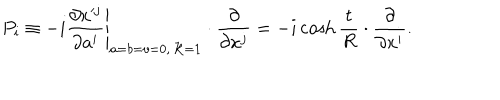
LaTeX: P _ { i } \equiv - i \left. \frac { \partial x ^ { j } } { \partial a ^ { i } } \right| _ { a = b = v = 0 , \, { \cal R } = 1 } \cdot \frac { \partial } { \partial x ^ { j } } = - i \cosh \frac { t } { R } \cdot \frac { \partial } { \partial x ^ { i } } .